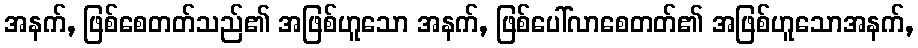
အနက်, ဖြစ်စေတတ်သည်၏ အဖြစ်ဟူသော အနက်, ဖြစ်ပေါ်လာစေတတ်၏ အဖြစ်ဟူသောအနက်,